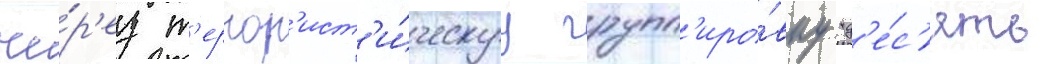
че́р'ез т'еррор'ист'и́ческуу групп'иро́вку "д'е́с'ять